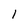
Character: 1